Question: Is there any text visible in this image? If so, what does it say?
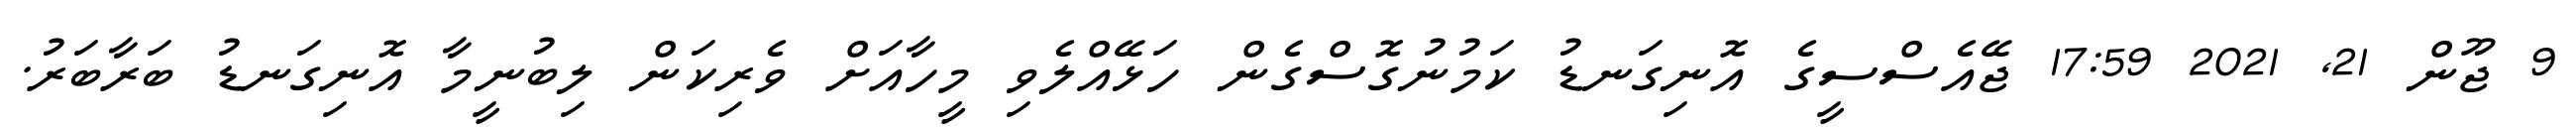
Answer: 9 ޖޫން 21, 2021 17:59 ޖޭއެސްސީގެ އޮނިގަނޑު ކަމުނުގޮސްގެން ހަޅޭއްލެވި މީހާއަށް ވެރިކަން ލިބުނީމާ އޮނިގަނޑު ބަރާބަރު.